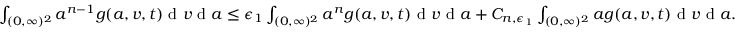
\begin{array} { r } { \int _ { ( 0 , \infty ) ^ { 2 } } a ^ { n - 1 } g ( a , v , t ) \textup { d } v \textup { d } a \leq \epsilon _ { 1 } \int _ { ( 0 , \infty ) ^ { 2 } } a ^ { n } g ( a , v , t ) \textup { d } v \textup { d } a + C _ { n , \epsilon _ { 1 } } \int _ { ( 0 , \infty ) ^ { 2 } } a g ( a , v , t ) \textup { d } v \textup { d } a . } \end{array}